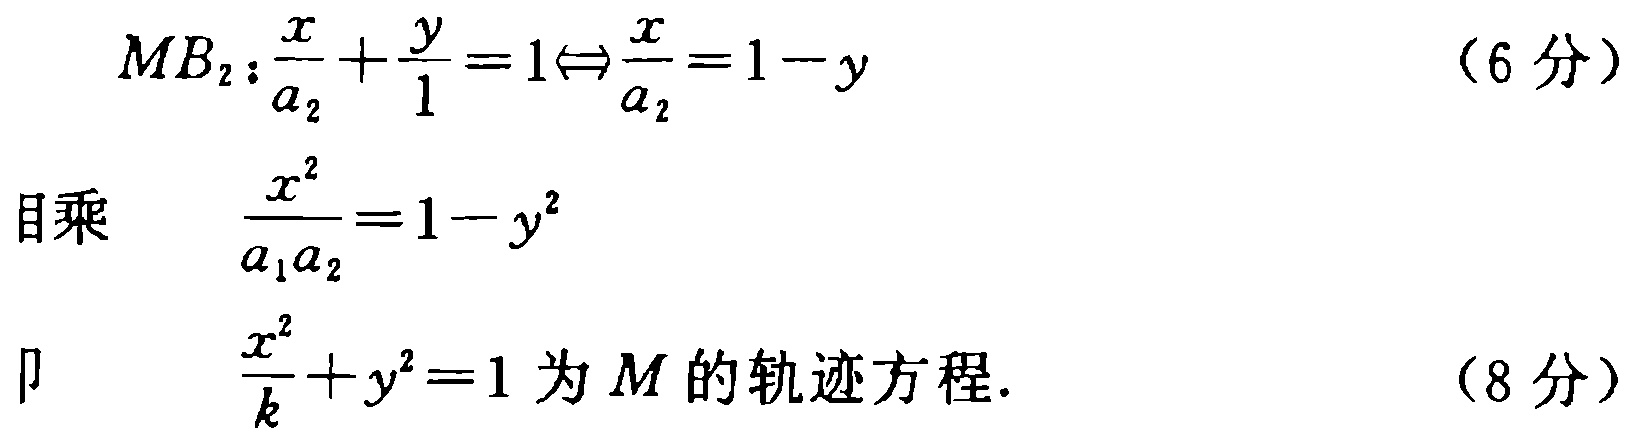
\[

\begin{align*}

MB_2:\frac{x}{a_2}+\frac{y}{1}&=1\Leftrightarrow\frac{x}{a_2}=1 - y\quad(6分)\\

\text{目乘}\quad\frac{x^{2}}{a_1a_2}&=1 - y^{2}\\

\text{卩}\quad\frac{x^{2}}{k}+y^{2}&=1\text{ 为}M\text{ 的轨迹方程.}\quad(8分)

\end{align*}

\]